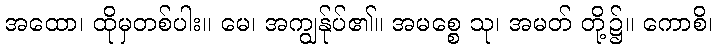
အထော၊ ထိုမှတစ်ပါး။ မေ၊ အကျွန်ုပ်၏။ အမစ္စေ သု၊ အမတ် တို့၌။ ကောစိ၊